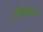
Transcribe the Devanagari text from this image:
ओरीजीन